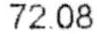
72.08